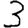
Digit: 3